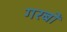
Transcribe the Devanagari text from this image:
गरबों